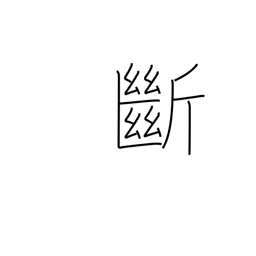
Meaning: cut off